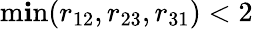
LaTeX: \operatorname*{m\mathbf{i}n}(r_{12},r_{23},r_{31})<2